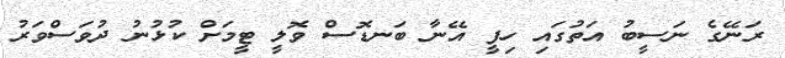
ރަނޭގެ ނަސީބު އަތުގައި ހިފީ އޭނާ ބަނޑޮސް ވޮލީ ޓީމަށް ކުޅުނު ދުވަސްވަރު